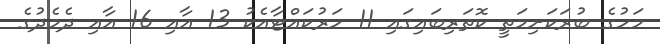
މަހުގެ ބުރަކަށިމަތީ ކޮތަރިބައިގައި 11 ހަރުކައްޓާއެކު 13 އާއި 16 އާއި ދެމެދުގެ